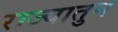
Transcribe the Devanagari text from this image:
राज्यातुन